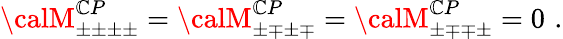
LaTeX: {\calM}_{\pm\pm\pm\pm}^{\mathbb{C}P}={\calM}_{\pm\mp\pm\mp}^{\mathbb{C}P}={\calM}_{\pm\mp\mp\pm}^{\mathbb{C}P}=0\, \, .